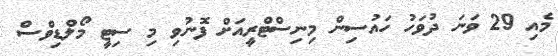
މެއި 29 ވަނަ ދުވަހު ހައުސިން މިނިސްޓްރީއަށް ފޮނުވި މި ސިޓީ މޯލްޑިވްސް